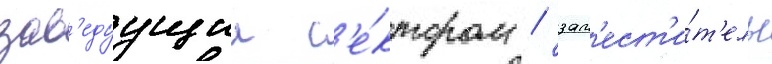
зав'едуущии с'е́ктором / зам'ест'и́т'ель